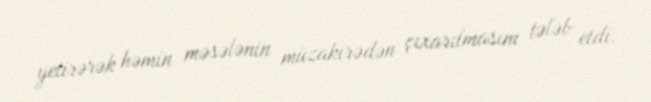
yetirərək həmin məsələnin müzakirədən çıxarılmasını tələb etdi.